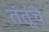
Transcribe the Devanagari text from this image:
तंतूंचे